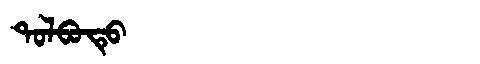
Manchu: ᡨᠣᠯᠪᠣᡨᡠ
Romanization: TOLBOTU